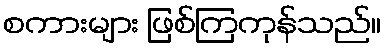
စကားများ ဖြစ်ကြကုန်သည်။